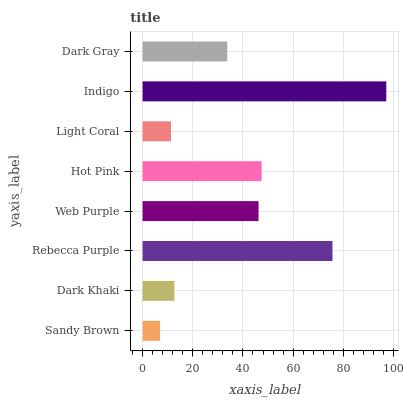
| yaxis_label | bars |
 | --- | --- |
 | Sandy Brown | 6.98 |
 | Dark Khaki | 12.7 |
 | Rebecca Purple | 75.7 |
 | Web Purple | 46.2 |
 | Hot Pink | 47.5 |
 | Light Coral | 11.3 |
 | Indigo | 97.1 |
 | Dark Gray | 33.7 |